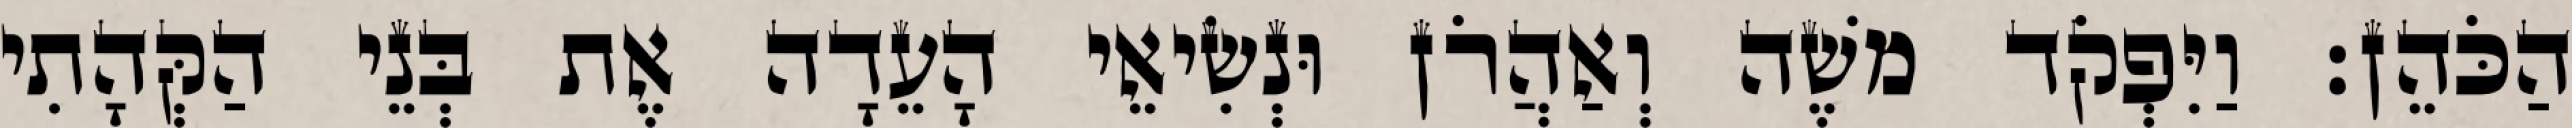
הַכֹּהֵן׃ וַיִּפְקֹד משֶׁה וְאַהֲרֹן וּנְשִׂיאֵי הָעֵדָה אֶת בְּנֵי הַקְּהָתִי